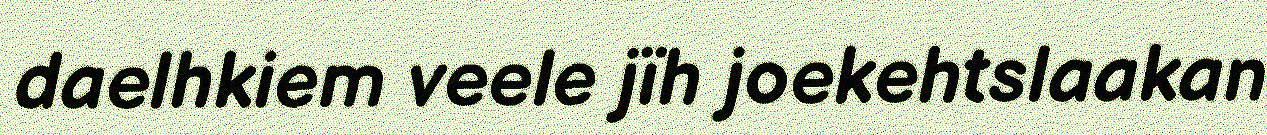
daelhkiem veele jïh joekehtslaakan